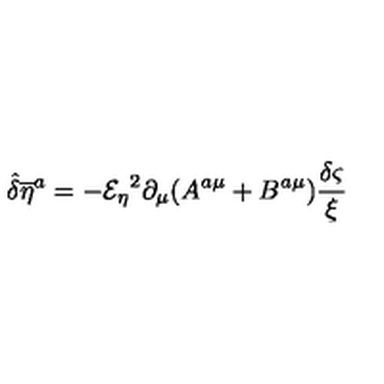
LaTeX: { \hat { \delta } } { { \overline { { \eta } } } ^ { a } } = - { { \mathcal { E } _ { \eta } } } ^ { 2 } \partial _ { \mu } ( A ^ { a \mu } + B ^ { a \mu } ) { \frac { \delta \varsigma } { \xi } }